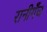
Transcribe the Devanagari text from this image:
रानीगँज